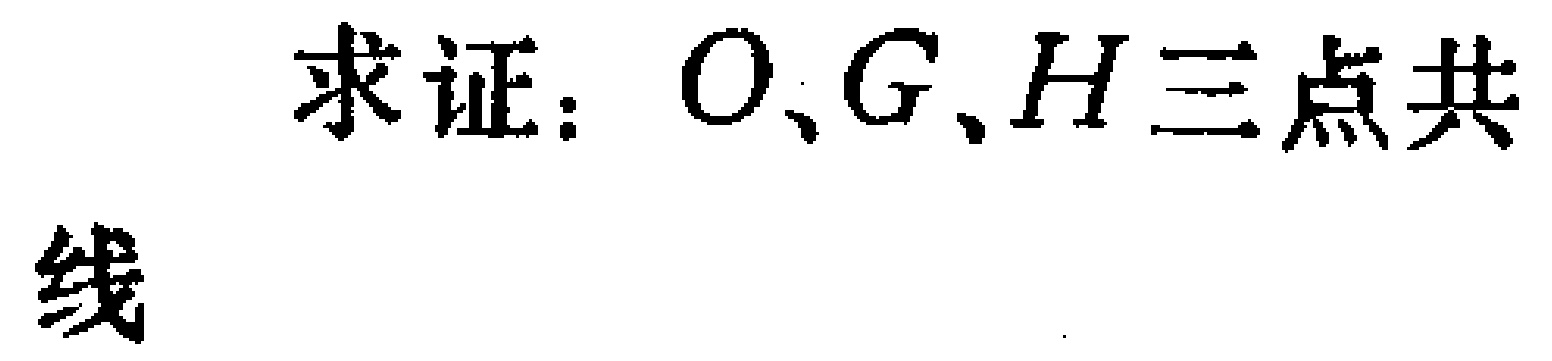
求证：\(O、G、H\)三点共线